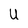
Character: U